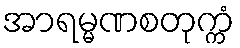
အာရမ္မဏစတုက္ကံ